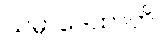
သမ္ပာဒေထာတိ